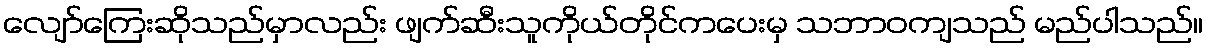
လျော်ကြေးဆိုသည်မှာလည်း ဖျက်ဆီးသူကိုယ်တိုင်ကပေးမှ သဘာဝကျသည် မည်ပါသည်။